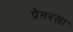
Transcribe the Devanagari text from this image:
प्रेमरसा